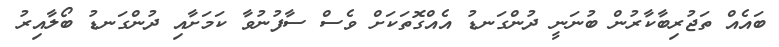
ބައެއް ތަޖުރިބާކާރުން ބުނަނީ ދުންގަނޑު އެއްގޮތަކަށް ވެސް ސާފުނުވާ ކަމަށާއި ދުންގަނޑު ބޯލާއިރު